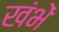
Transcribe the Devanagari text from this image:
खंभें